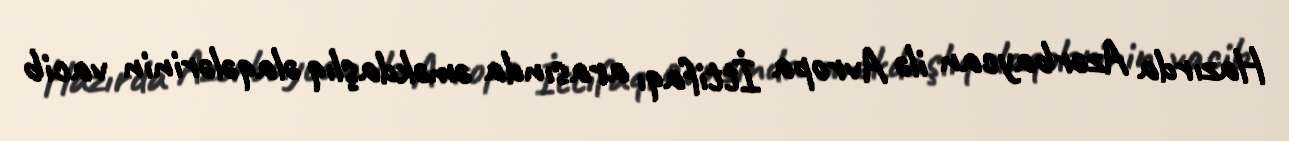
Hazırda Azərbaycan ilə Avropa İttifaqı arasında əməkdaşlıq əlaqələrinin vacib